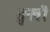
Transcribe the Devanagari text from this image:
शुनवी